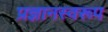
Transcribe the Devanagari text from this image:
प्रज्ञानस्वरूप